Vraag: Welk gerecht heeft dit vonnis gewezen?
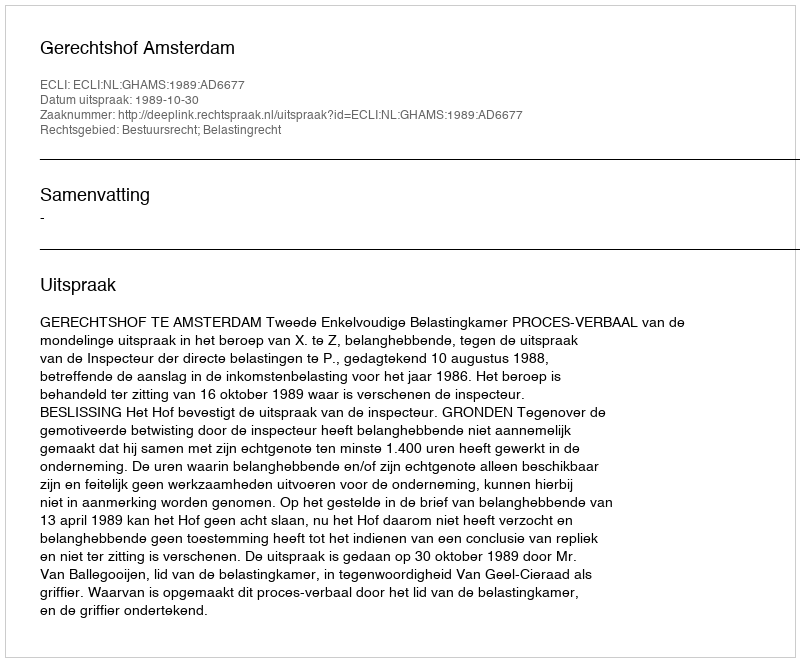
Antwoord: Gerechtshof Amsterdam